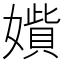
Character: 𡢍